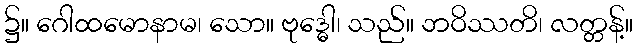
၌။ ဂေါထမောနာမ၊ သော။ ဗုဒ္ဓေါ၊ သည်။ ဘဝိဿတိ၊ လတ္တန့်။